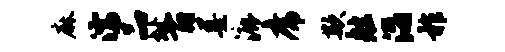
麻濡品址百墨漉席欺舷滔祚